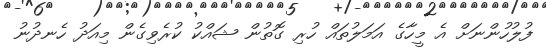
ފުލުހުންނަށް އެ މީހާގެ އަމަލުތައް ހުރި ގޮތުން ޝައްކު ކުރެވިގެން މިއަދު ހެނދުނު